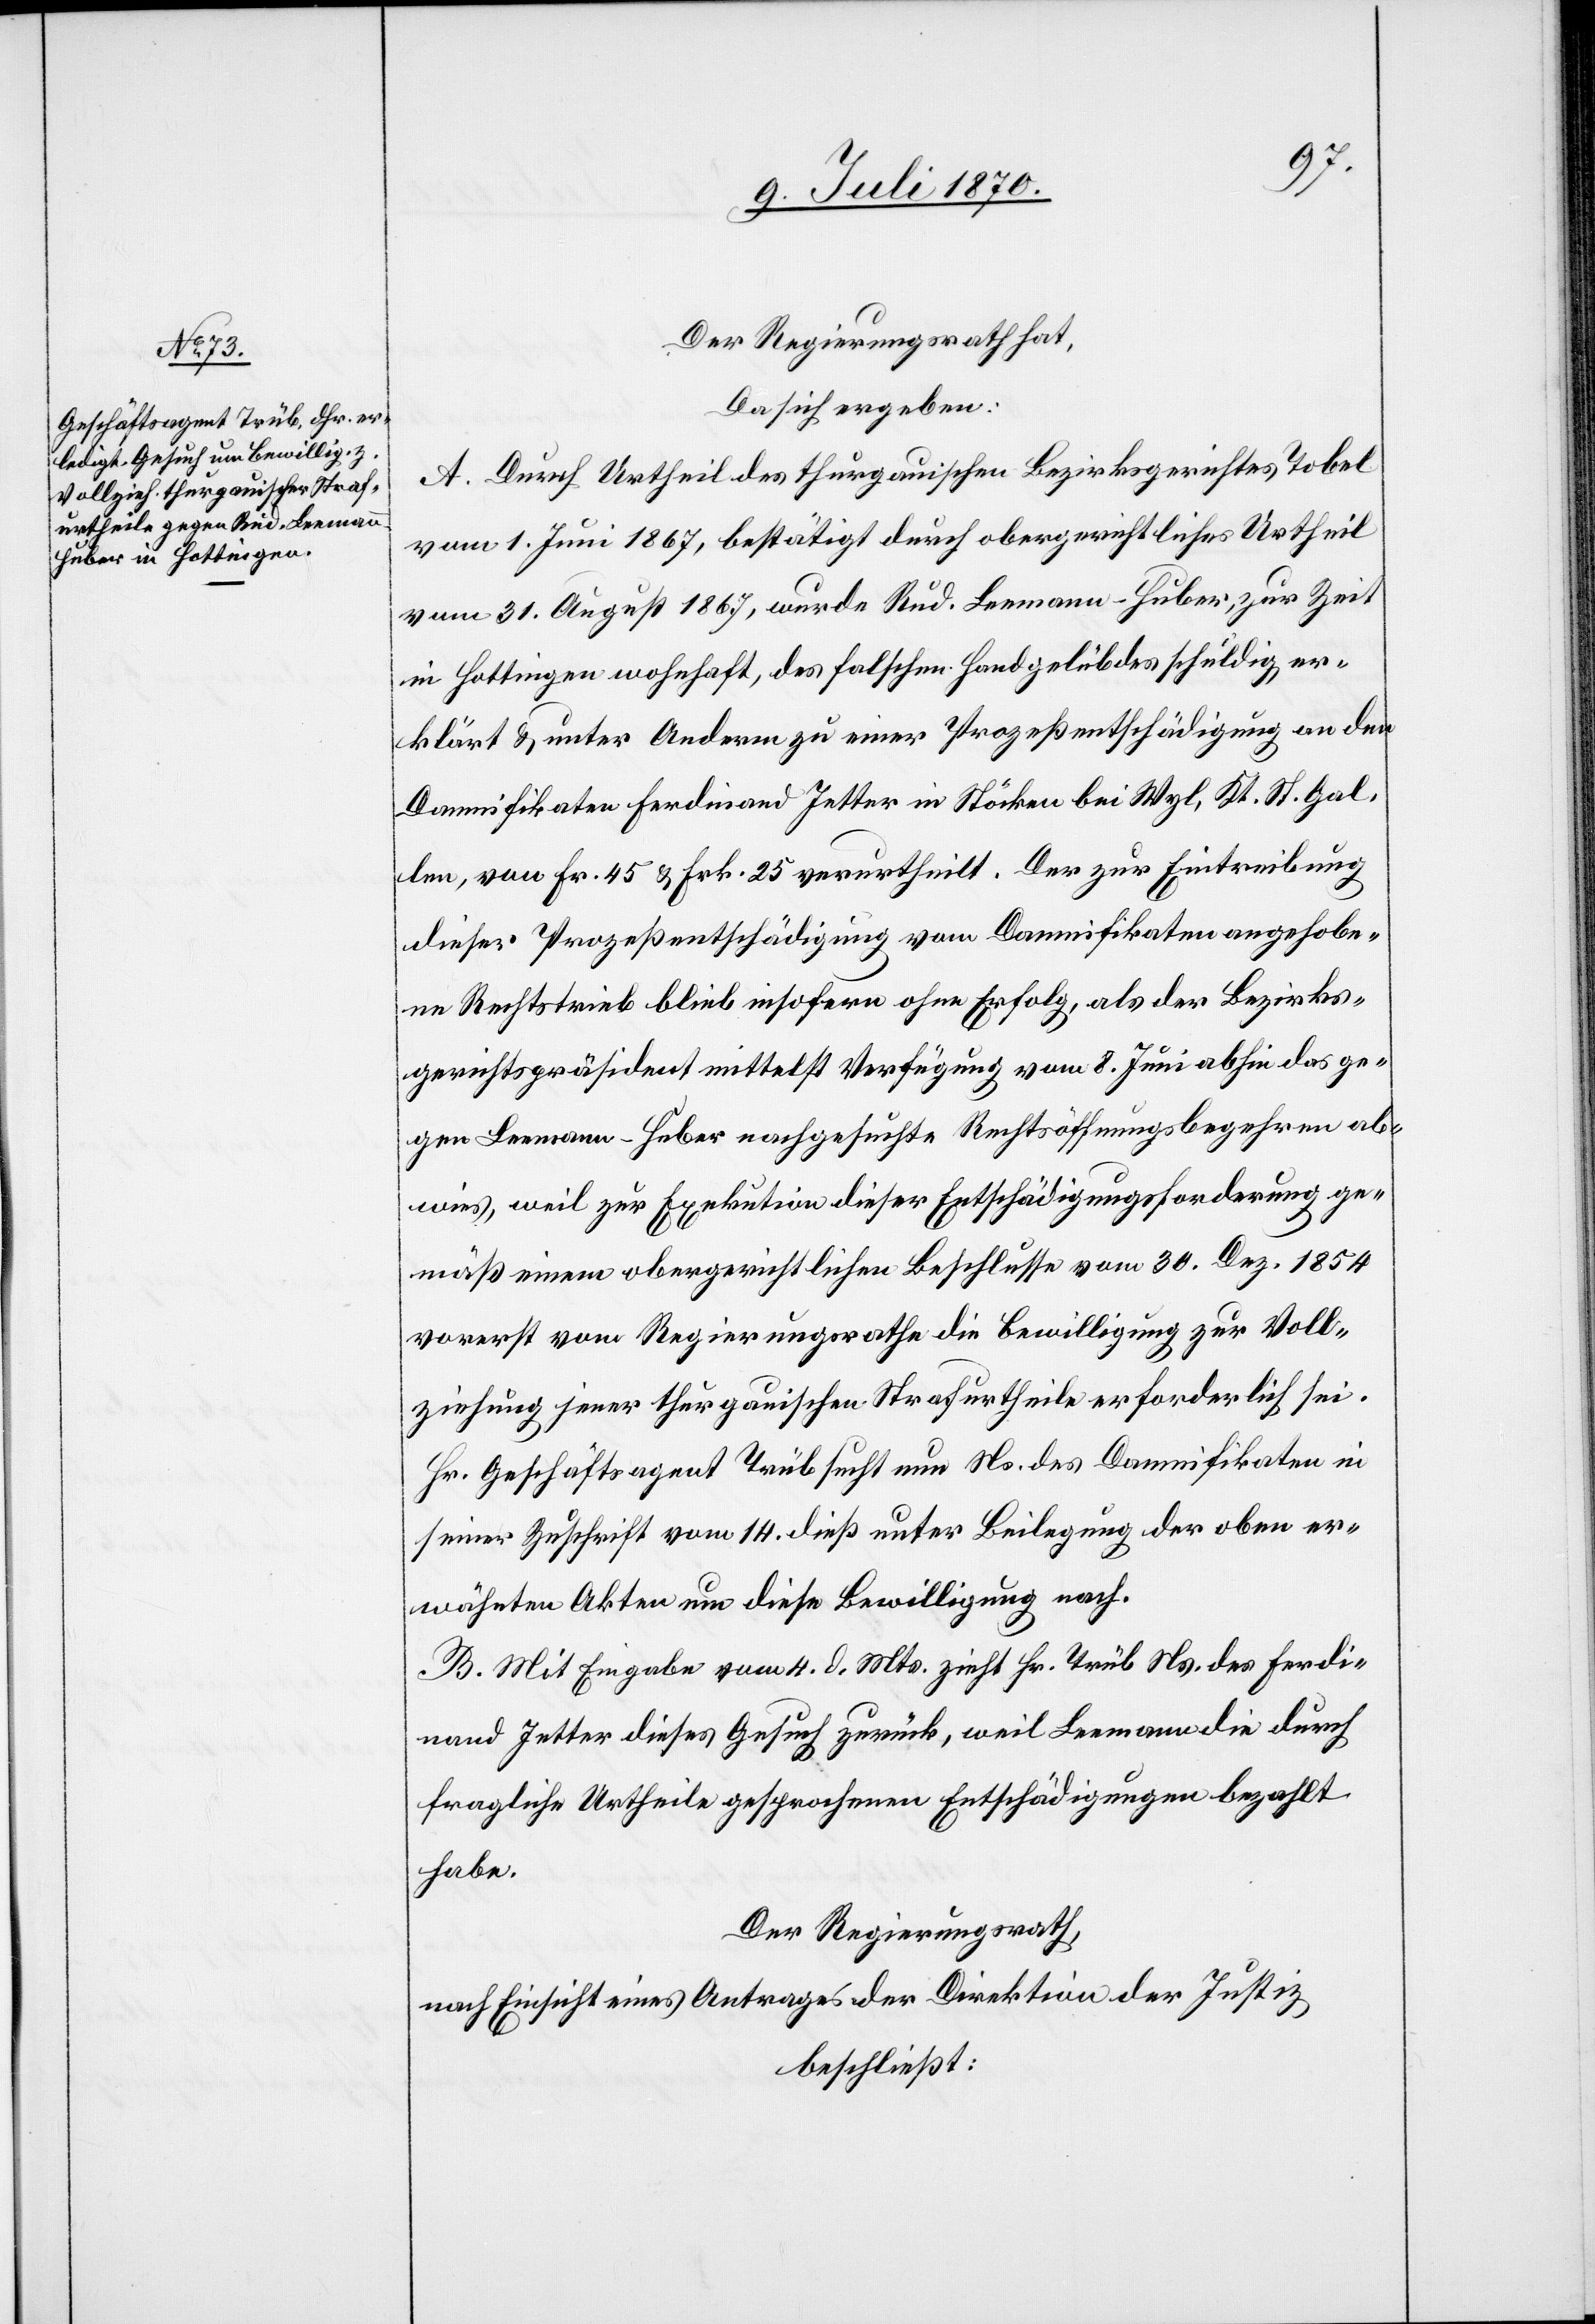
Der Regierungsrath hat,
Da sich ergeben:
A. Durch Urtheil des thurgauischen Bezirksgerichtes Tobel
vom 1. Juni 1867, bestätigt durch obergerichtliches Urtheil
vom 31. August 1867, wurde Rud. Leemann-Huber, zur Zeit
in Hottingen wohnhaft, des falschen Handgelübdes schuldig er¬
klärt & unter Anderm zu einer Prozeßentschädigung an den
Damnifikaten Ferdinand Jettler [sic!] in Stöcken bei Wyl, Kt. St. Gal¬
len, von Fr. 45 & Fr. 25 verurtheilt. Der zur Eintreibung
dieser Prozessentschädigung vom Damnifika[n]ten angehobe¬
ne Rechtstrieb blieb insofern ohne Erfolg, als der Bezirks¬
gerichtspräsident mittelst Verfügung vom 8. Juni abhin das ge¬
gen Leemann-Huber nachgesuchte Rechtsöffnungsbegehren ab¬
wies, weil zur Exekution dieser Entschädigungsforderung ge¬
mäß einem obergerichtlichen Beschlusse vom 30. Dez. 1854
vorerst vom Regierungsrathe die Bewilligung zur Voll¬
ziehung jener thurgauischen Strafurtheile erforderlich sei.
Hr. Geschäftsagent Trüb sucht nun Ns. des Damnifikaten in
seiner Zuschrift vom 14. dieß unter Beilegung der oben er¬
wähnten Akten um diese Bewilligung nach.
B. Mit Eingabe vom 4. d. Mts. zieht Hr. Trüb Ns. des Ferdinand
fragliche Urtheile gesprochenen Entschädigungen bezahlt
habe.
Der Regierungsrath,
nach Einsicht eines Antrages der Direktion der Justiz
beschließt: